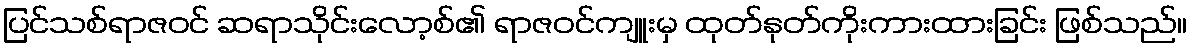
ပြင်သစ်ရာဇဝင် ဆရာသိုင်းလော့စ်၏ ရာဇဝင်ကျူးမှ ထုတ်နုတ်ကိုးကားထားခြင်း ဖြစ်သည်။